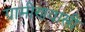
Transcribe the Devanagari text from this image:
ग्रामीणवासी